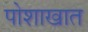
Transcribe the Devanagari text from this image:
पोशाखात